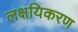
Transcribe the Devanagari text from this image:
लक्षयिकरण